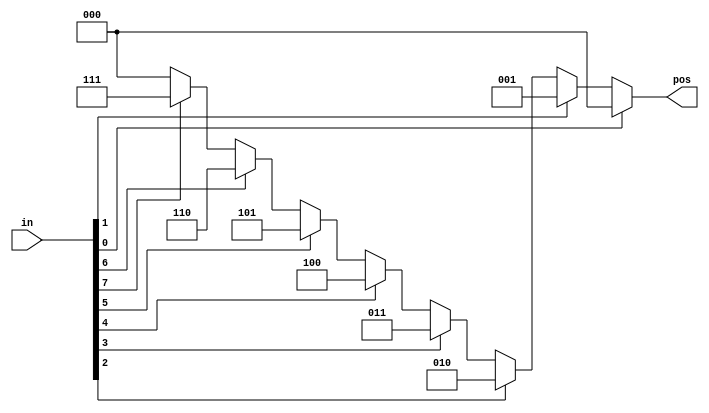
module top_module(
    input wire [7:0] in,
    output reg [2:0] pos
);

    // Priority encoder logic: Find the least significant high bit in the input vector
    always @(*) begin
        pos = 3'b000;  // Initialize position to 0 by default
        if (in[0]) pos = 3'b000;
        else if (in[1]) pos = 3'b001;
        else if (in[2]) pos = 3'b010;
        else if (in[3]) pos = 3'b011;
        else if (in[4]) pos = 3'b100;
        else if (in[5]) pos = 3'b101;
        else if (in[6]) pos = 3'b110;
        else if (in[7]) pos = 3'b111;
    end

endmodule